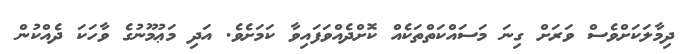
ދިމާލަކަށްވެސް ވަރަށް ގިނަ މަސައްކަތްތަކެއް ކޮށްދެއްވަފައިވާ ކަމަށެވެ. އަދި މަޢުމޫނުގެ ވާހަކަ ދެއްކުން